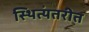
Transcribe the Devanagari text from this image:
स्थित्यंतरीत